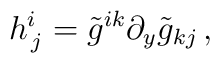
h^i_{\, j} = \tilde g^{ik} \partial_y\tilde g_{kj}\, ,